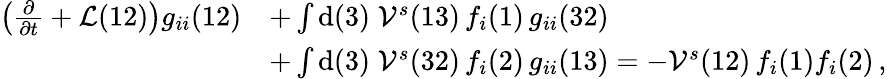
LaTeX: \begin{array}{rl}{\left(\frac{\partial}{\partial t}+\mathcal{L}(12)\right)g_{ii}(12)}&{+\int\mathrm{d}(3)\; \mathcal{V}^{s}(13)\, f_{i}(1)\, g_{ii}(32)}\\ &{+\int\mathrm{d}(3)\; \mathcal{V}^{s}(32)\, f_{i}(2)\, g_{ii}(13)=-\mathcal{V}^{s}(12)\, f_{i}(1)f_{i}(2)\, ,}\end{array}